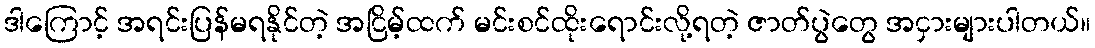
ဒါကြောင့် အရင်းပြန်မရနိုင်တဲ့ အငြိမ့်ထက် မင်းစင်ထိုးရောင်းလို့ရတဲ့ ဇာတ်ပွဲတွေ အငှားများပါတယ်။